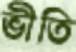
ভীতি